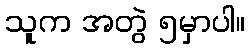
သူက အတွဲ ၅မှာပါ။